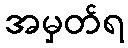
အမှတ်ရ